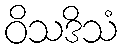
ဝိသဒိသံ